Vaccination report Assam 1896-1927 - 1896-1927
Year: 1896
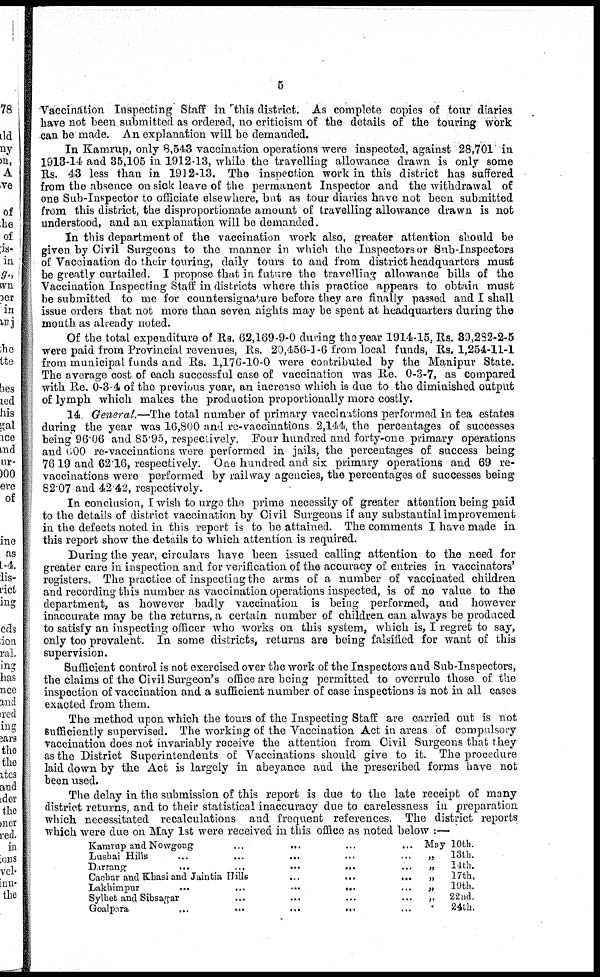
5
Vaccination Inspecting Staff in this district. As complete copies of tour diaries
have not been submitted as ordered, no criticism of the details of the touring work
can be made. An explanation will be demanded.
In Kamrup, only 8,543 vaccination operations were inspected, against 28,701 in
1913-14 and 35,105 in 1912-13, while the travelling allowance drawn is only some
Rs. 43 less than in 1912-13. The inspection work in this district has suffered
from the absence on sick leave of the permanent Inspector and the withdrawal of
one Sub-Inspector to officiate elsewhere, but as tour diaries have not been submitted
from this district, the disproportionate amount of travelling allowance drawn is not
understood, and an explanation will be demanded.
In this department of the vaccination work also, greater attention should be
given by Civil Surgeons to the manner in which the Inspectors or Sub-Inspectors
of Vaccination do their touring, daily tours to and from district headquarters must
be greatly curtailed. I propose that in future the travelling allowance bills of the
Vaccination Inspecting Staff in districts where this practice appears to obtain must
be submitted to me for countersignature before they are finally passed and I shall
issue orders that not more than seven nights may be spent at headquarters during the
month as already noted.
Of the total expenditure of Rs. 62,169-9-0 during the year 1914-15, Rs. 39,282-2-5
were paid from Provincial revenues, Rs. 20,456-1-6 from local funds, Rs. 1,254-11-1
from municipal funds and Rs. 1,176-10-0 were contributed by the Manipur State.
The average cost of each successful case of vaccination was Re. 0-3-7, as compared
with Re. 0-3-4 of the previous year, an increase which is due to the diminished output
of lymph which makes the production proportionally more costly.
14 General.—The total number of primary vaccinations performed in tea estates
during the year was 16,800 and re-vaccinations 2,144, the percentages of successes
being 96.06 and 85.95, respectively. Four hundred and forty-one primary operations
and 600 re-vaccinations were performed in jails, the percentages of success being
76.19 and 62.16, respectively. One hundred and six primary operations and 69 re-
vaccinations were performed by railway agencies, the percentages of successes being
82.07 and 42.42, respectively.
In conclusion, I wish to urge the prime necessity of greater attention being paid
to the details of district vaccination by Civil Surgeons if any substantial improvement
in the defects noted in this report is to be attained. The comments I have made in
this report show the details to which attention is required.
During the year, circulars have been issued calling attention to the need for
greater care in inspection and for verification of the accuracy of entries in vaccinators'
registers. The practice of inspecting the arms of a number of vaccinated children
and recording this number as vaccination operations inspected, is of no value to the
department, as however badly vaccination is being performed, and however
inaccurate may be the returns, a certain number of children can always be produced
to satisfy an inspecting officer who works on this system, which is, I regret to say,
only too prevalent. In some districts, returns are being falsified for want of this
supervision.
Sufficient control is not exercised over the work of the Inspectors and Sub-Inspectors,
the claims of the Civil Surgeon's office are being permitted to overrule those of the
inspection of vaccination and a sufficient number of case inspections is not in all cases
exacted from them.
The method upon which the tours of the Inspecting Staff are carried out is not
sufficiently supervised. The working of the Vaccination Act in areas of compulsory
vaccination does not invariably receive the attention from Civil Surgeons that they
as the District Superintendents of Vaccinations should give to it. The procedure
laid down by the Act is largely in abeyance and the prescribed forms have not
been used.
The delay in the submission of this report is due to the late receipt of many
district returns, and to their statistical inaccuracy due to carelessness in preparation
which necessitated recalculations and frequent references. The district reports
which were due on May 1st were received in this office as noted below :—
Kamrup and Nowgong
...
...
Lushai Hills
...
...
...
Dirrang
...
...
...
...
Cachar and Khasi and Jaintia Hills
...
...
Lakhimpur
...
...
...
...
Sylhet and Sibsagar ... ... ...
Goalpara
...
...
...
...
May 10th.
„
13th.
„
14th.
„
17th.
„
19th.
„
22nd.
„
24th.